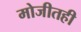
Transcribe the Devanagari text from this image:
मोजीतही